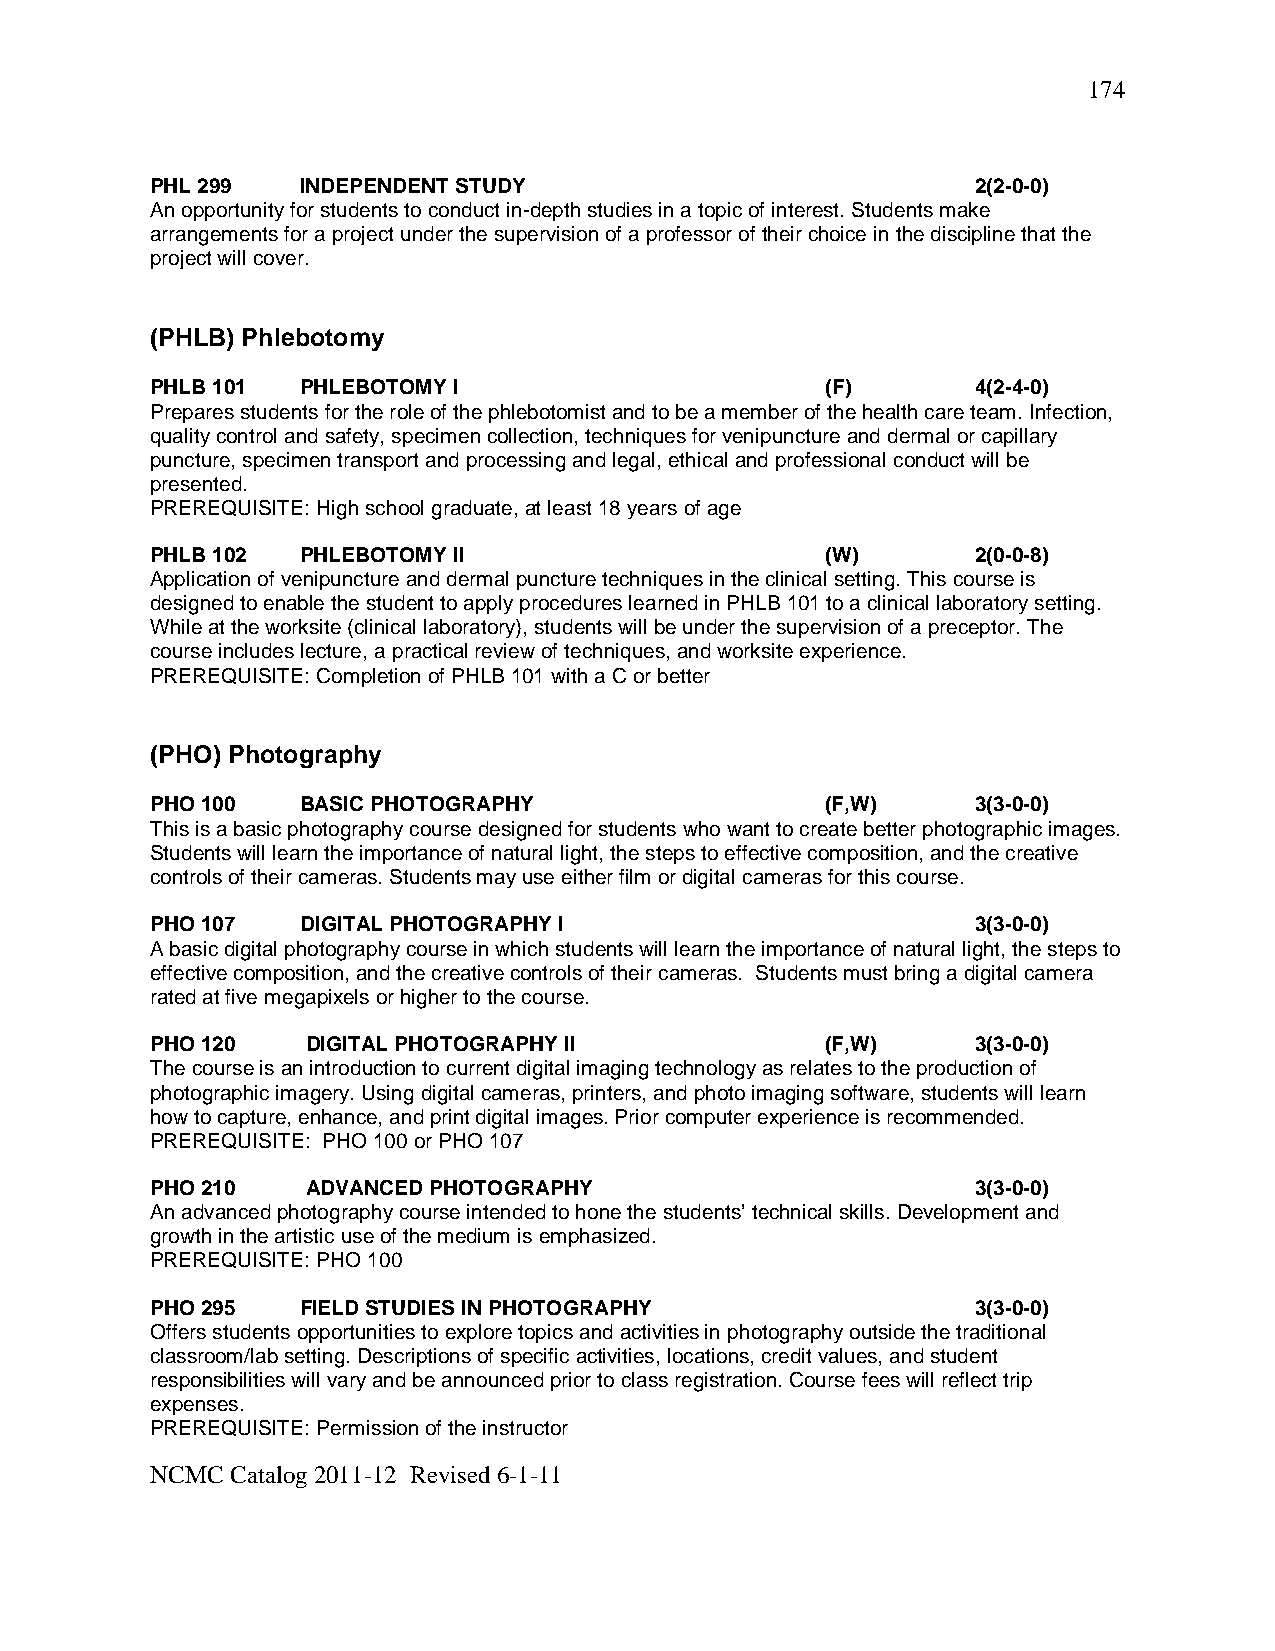
174
 PHL 299   INDEPENDENT STUDY                            2(2-0-0)
 An opportunity for students to conduct in-depth studies in a topic of interest. Students make
 arrangements for a project under the supervision of a professor of their choice in the discipline that the
 project will cover.
 (PHLB) Phlebotomy
 PHLB 101  PHLEBOTOMY I                       (F)       4(2-4-0)
 Prepares students for the role of the phlebotomist and to be a member of the health care team. Infection,
 quality control and safety, specimen collection, techniques for venipuncture and dermal or capillary
 puncture, specimen transport and processing and legal, ethical and professional conduct will be
 presented.
 PREREQUISITE: High school graduate, at least 18 years of age
 PHLB 102  PHLEBOTOMY II                      (W)       2(0-0-8)
 Application of venipuncture and dermal puncture techniques in the clinical setting. This course is
 designed to enable the student to apply procedures learned in PHLB 101 to a clinical laboratory setting.
 While at the worksite (clinical laboratory), students will be under the supervision of a preceptor. The
 course includes lecture, a practical review of techniques, and worksite experience.
 PREREQUISITE: Completion of PHLB 101 with a C or better
 (PHO) Photography
 PHO 100   BASIC PHOTOGRAPHY                  (F,W)     3(3-0-0)
 This is a basic photography course designed for students who want to create better photographic images.
 Students will learn the importance of natural light, the steps to effective composition, and the creative
 controls of their cameras. Students may use either film or digital cameras for this course.
 PHO 107   DIGITAL PHOTOGRAPHY I                        3(3-0-0)
 A basic digital photography course in which students will learn the importance of natural light, the steps to
 effective composition, and the creative controls of their cameras. Students must bring a digital camera
 rated at five megapixels or higher to the course.
 PHO 120   DIGITAL PHOTOGRAPHY II             (F,W)     3(3-0-0)
 The course is an introduction to current digital imaging technology as relates to the production of
 photographic imagery. Using digital cameras, printers, and photo imaging software, students will learn
 how to capture, enhance, and print digital images. Prior computer experience is recommended.
 PREREQUISITE: PHO 100 or PHO 107
 PHO 210   ADVANCED PHOTOGRAPHY                         3(3-0-0)
 An advanced photography course intended to hone the students’ technical skills. Development and
 growth in the artistic use of the medium is emphasized.
 PREREQUISITE: PHO 100
 PHO 295   FIELD STUDIES IN PHOTOGRAPHY                 3(3-0-0)
 Offers students opportunities to explore topics and activities in photography outside the traditional
 classroom/lab setting. Descriptions of specific activities, locations, credit values, and student
 responsibilities will vary and be announced prior to class registration. Course fees will reflect trip
 expenses.
 PREREQUISITE: Permission of the instructor
 NCMC Catalog 2011-12 Revised 6-1-11